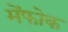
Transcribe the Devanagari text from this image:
मेंफोक